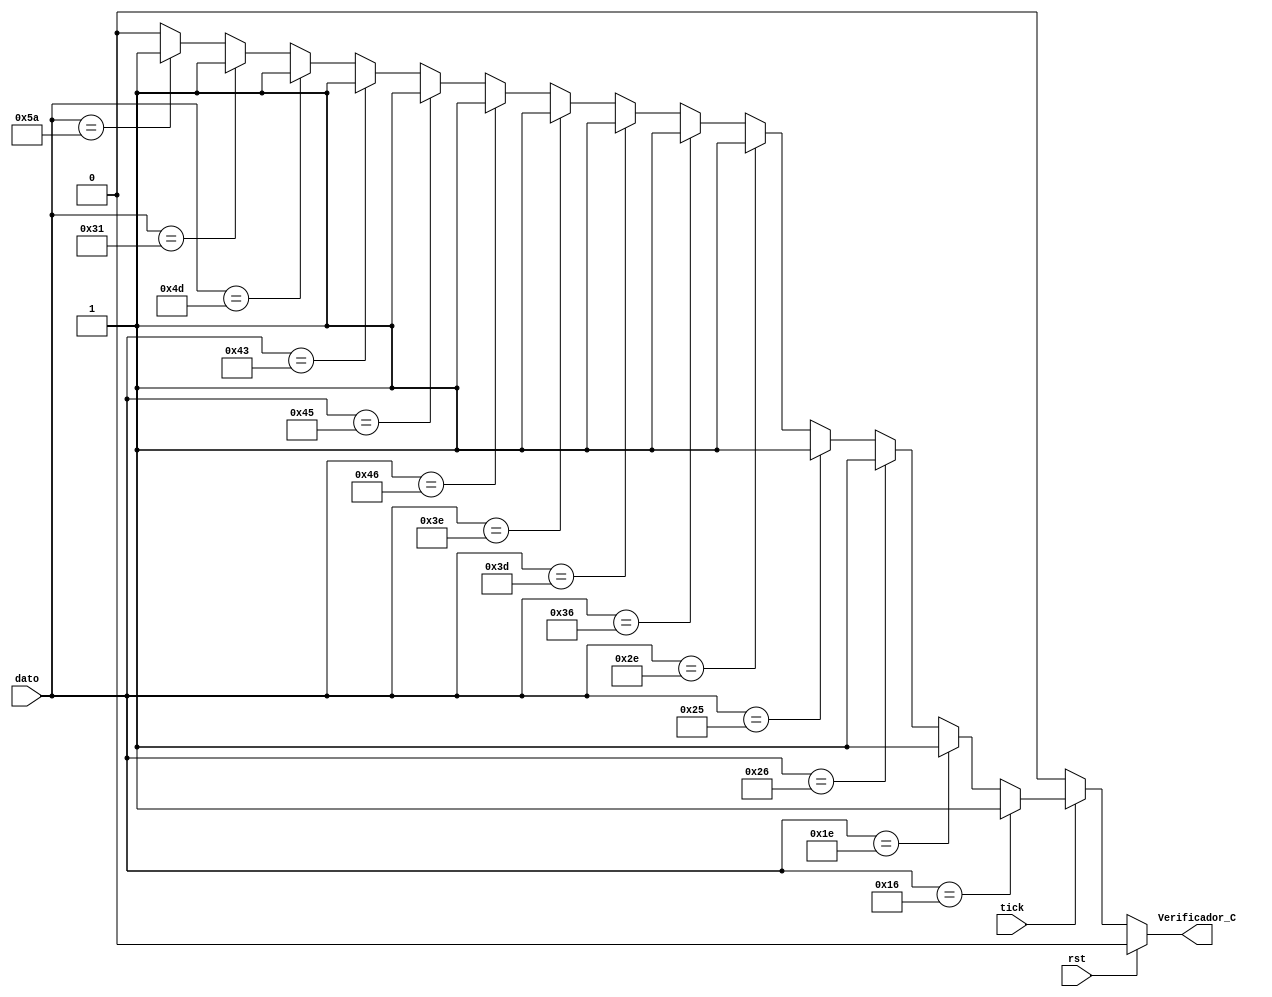
`timescale 1ns / 1ps
//////////////////////////////////////////////////////////////////////////////////
// Company: 
// 
// Design Name: 
// Module Name:    Validador_Caracter 
// Project Name: 
// Target Devices: 
// Tool versions: 
// Description: 
//
// Dependencies: 
//
// Revision: 
// Revision 0.01 - File Created
// Additional Comments: 
//
//////////////////////////////////////////////////////////////////////////////////
//Modulo que evalua cada tecla e indica cuales son correctas
module Validador_Caracter(
    input wire rst,
    input wire [7:0] dato, //Dato del teclado
    input wire tick, //Bandera de dato listo
    output Verificador_C //Bandera de salida, indica que la tecla es valida
    );

reg Reg_Sal;

always @ *
	if (rst) 
		Reg_Sal = 1'b0;
	else if (tick)
		begin //Evalua los codigos de teclas correctas y ativa la bandera
		Reg_Sal = (dato==8'h16)? 1'b1 :
					(dato==8'h1E)? 1'b1 :
					(dato==8'h26)? 1'b1 :
					(dato==8'h25)? 1'b1 :
					(dato==8'h2E)? 1'b1 :
					(dato==8'h36)? 1'b1 :
					(dato==8'h3D)? 1'b1 :
					(dato==8'h3E)? 1'b1 :
					(dato==8'h46)? 1'b1 :
					(dato==8'h45)? 1'b1 :
					(dato==8'h43)? 1'b1 :
					(dato==8'h4D)? 1'b1 :
					(dato==8'h31)? 1'b1 : 
					(dato==8'h5A)? 1'b1 : 1'b0; //En caso contrario si la tecla no es valida la bandera es cero
		end
	else Reg_Sal = 1'b0;
			
	
assign Verificador_C = Reg_Sal; //Asignacin de la salida

endmodule